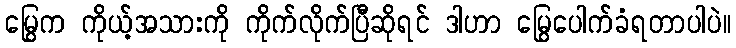
မြွေက ကိုယ့်အသားကို ကိုက်လိုက်ပြီဆိုရင် ဒါဟာ မြွေပေါက်ခံရတာပါပဲ။